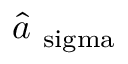
\hat { a } _ { \mathrm { \ s i g m a } }